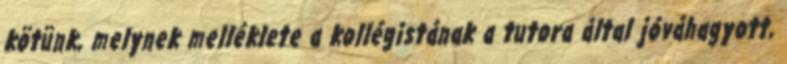
kötünk, melynek melléklete a kollégistának a tutora által jóváhagyott,